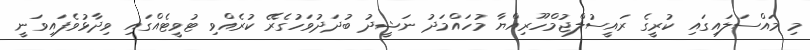
މި މައްސަލައިގައި ކުރީގެ ރައީސުލްޖުމްހޫރިއްޔާ މުހައްމަދު ނަޝީދު ބުދަދުވަހުގެރޭ ކުރެއްވި ޓުވީޓެއްގައި ވިދާޅުވެފައިވަނީ